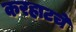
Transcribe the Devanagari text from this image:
करहाटचे